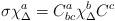
LaTeX: \begin{align*}\sigma \chi^a_\Delta = C^a_{bc} \chi^b_\Delta C^c\end{align*}